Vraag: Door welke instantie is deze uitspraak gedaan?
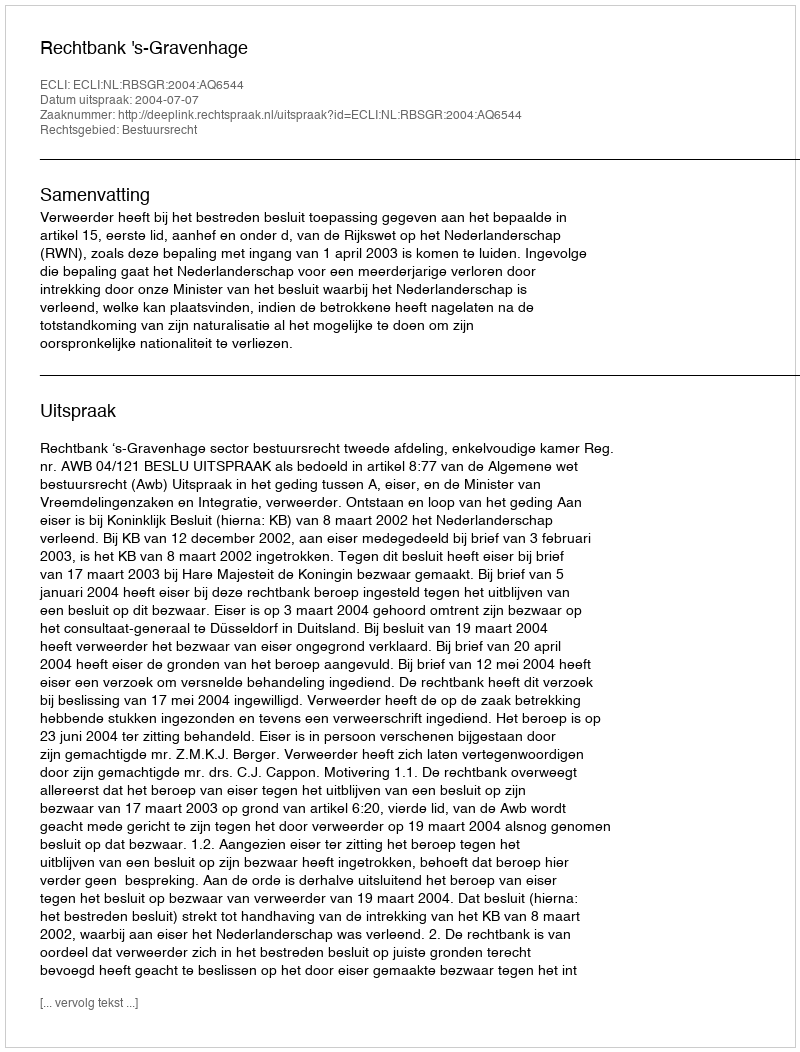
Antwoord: Rechtbank 's-Gravenhage